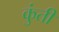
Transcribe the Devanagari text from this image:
कुुंती